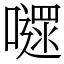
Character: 嚃